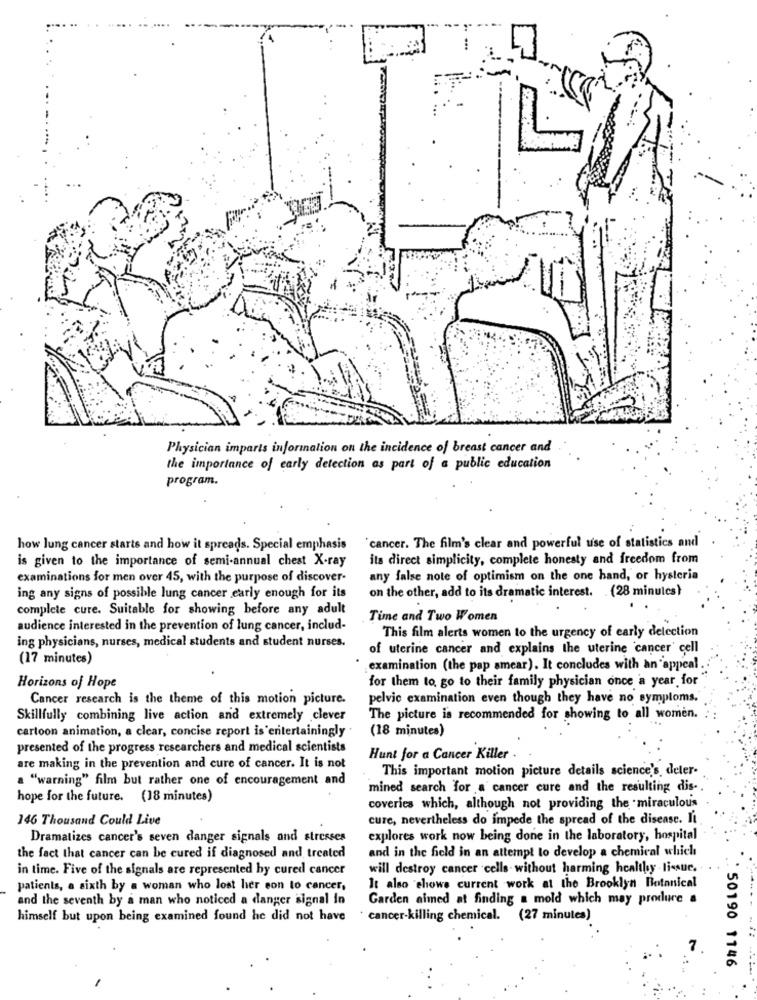
Physician imparts information on the incidence of breast cancer and
the importance of early detection as part of a public education
program.
how lung cancer starts and how it spreads. Special emphasis
`cancer. The film's clear and powerful use of statistics and
is given to the importance of semi-annual chest X-ray
its direct simplicity, complete honesty and freedom from
examinations for men over 45, with the purpose of discover-
any false note of optimism on the one hand, or hysteria
on the other, add to its dramatic interest. (28 minutes}
ing any signs of possible lung cancer early enough for its
complete cure. Suitable for showing before any adult
Time and Two Women
audience interested in the prevention of lung cancer, includ-
This film alerts women to the urgency of early detection
ing physicians, nurses, medical students and student nurses.
of uterine cancer and explains the uterine cancer' cell
(17 minutes)
examination (the pap smear). It concludes with an appeal
for them to go to their family physician once a year for
Horizons of Hope
Cancer research is the theme of this motion picture.
pelvic examination even though they have no symptoms.
Skillfully combining live action and extremely clever
The picture is recommended for showing to all women.
cartoon animation, a clear, concise report is entertainingly
(18 minutes)
presented of the progress researchers and medical scientists
Hunt for a Cancer Killer .
are making in the prevention and cure of cancer. It is not
This important motion picture details science's, deler-
a "warning" film but rather one of encouragement and
mined search for a cancer cure and the resulting dis -.
hope for the future. (18 minutes)
coveries which, although not providing the miraculous
146 Thousand Could Live
cure, nevertheless do impede the spread of the disease. It
Dramatizes cancer's seven danger signals and stresses
explores work now being done in the laboratory, hospital
and in the field in an attempt to develop a chemical which
the fact that cancer can be cured if diagnosed and treated
in time. Five of the signals are represented by cured cancer
will destroy cancer cells. without harming healthy -tissue.
patients, a sixth by a woman who lost her son to cancer,
It also shows current work at the Brooklyn Botanical
and the seventh by a man who noticed a danger signal in
Garden aimed at finding a mold which may produce .
himself but upon being examined found he did not have
cancer-killing chemical. (27 minutes)
: 50190 1146